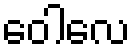
ဝေါလေ